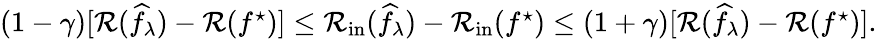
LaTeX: \begin{array}{r}{(1-\gamma)[\mathcal{R}(\widehat{f}_{\lambda})-\mathcal{R}(f^{\star})]\leq\mathcal{R}_{\mathrm{in}}(\widehat{f}_{\lambda})-\mathcal{R}_{\mathrm{in}}(f^{\star})\leq(1+\gamma)[\mathcal{R}(\widehat{f}_{\lambda})-\mathcal{R}(f^{\star})].}\end{array}